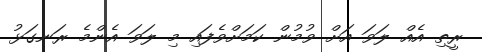
ރީތި އެއް ލަވަ އަށް ވުމުން ކަމަށްވެފައި މި ލަވަ އެންމެ ރަނގަޅު